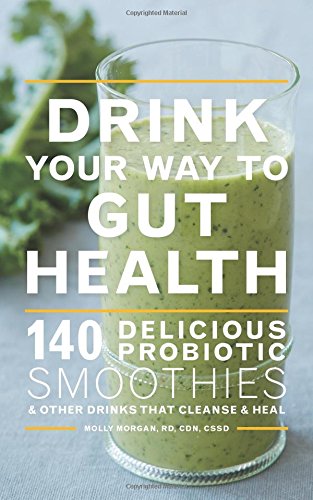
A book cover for Drink Your Way to Gut Health: 140 Delicious Probiotic Smoothies & Other Drinks that Cleanse & Heal; Molly Morgan RD  CDN  CSSD; Cookbooks, Food & Wine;